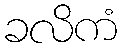
ခလိကံ